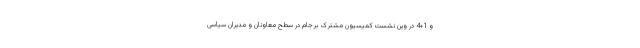
و 1+4 در وین نشست کمیسیون مشترک برجام در سطح معاونان و مدیران سیاسی